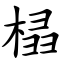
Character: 榋